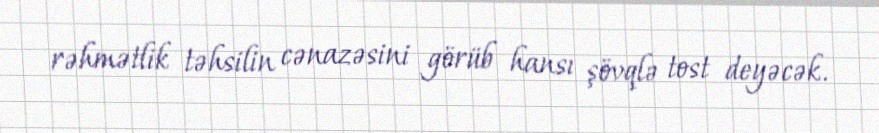
rəhmətlik təhsilin cənazəsini görüb hansı şövqlə tost deyəcək.